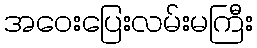
အဝေးပြေးလမ်းမကြီး